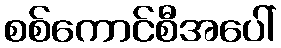
စစ်ကောင်စီအပေါ်